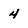
Character: 4